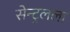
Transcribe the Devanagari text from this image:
सेन्ट्रलला